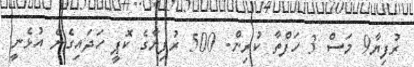
ރުފިޔާ9 މަސް 3 ހަފްތާ ކުރިން. 500 ރުފިޔާގެ ކޮޕީ ހަދައިގެން އުޅެނީ